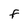
Character: F